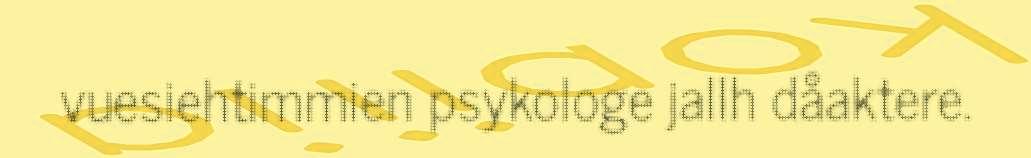
vuesiehtimmien psykologe jallh dåaktere.